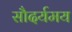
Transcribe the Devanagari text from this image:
सौदर्यमय